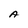
Character: A